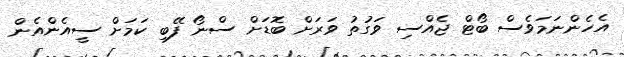
އެހެންނަމަވެސް ބޯޓް ޖެއްސި ވަގުތު ވަރަށް ބޮޑަށް ސްނޯ ފޭބި ކަމަށް ސީއެންއެން